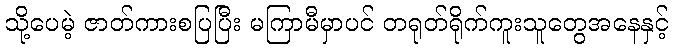
သို့ပေမဲ့ ဇာတ်ကားစပြပြီး မကြာမီမှာပင် တရုတ်ရိုက်ကူးသူတွေအနေနှင့်